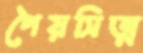
পৈয়সিত্ম